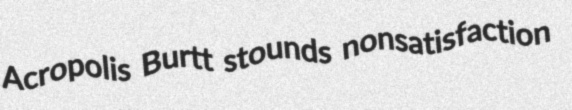
Acropolis Burtt stounds nonsatisfaction